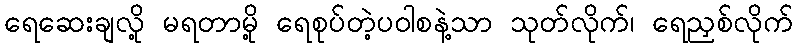
ရေဆေးချလို့ မရတာမို့ ရေစုပ်တဲ့ပဝါစနဲ့သာ သုတ်လိုက်၊ ရေညှစ်လိုက်